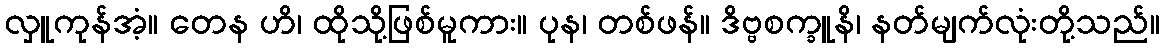
လှူကုန်အံ့။ တေန ဟိ၊ ထိုသို့ဖြစ်မူကား။ ပုန၊ တစ်ဖန်။ ဒိဗ္ဗစက္ခူနိ၊ နတ်မျက်လုံးတို့သည်။